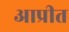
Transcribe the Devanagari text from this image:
आप्रीत